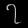
Digit: ၇